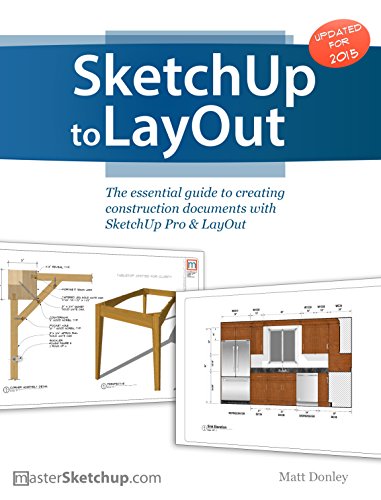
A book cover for SketchUp to LayOut: The essential guide to creating construction documents with SketchUp Pro & LayOut; Donley Matt; Computers & Technology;